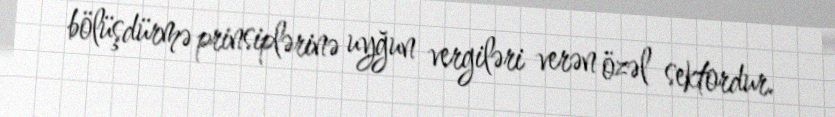
bölüşdürmə prinsiplərinə uyğun vergiləri verən özəl sektordur.